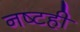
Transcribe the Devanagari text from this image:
नष्टही